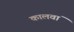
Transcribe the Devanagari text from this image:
कालवां